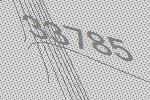
33785